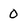
Character: 0